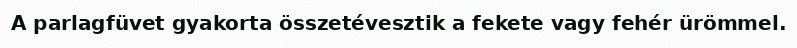
A parlagfüvet gyakorta összetévesztik a fekete vagy fehér ürömmel.